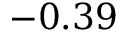
- 0 . 3 9